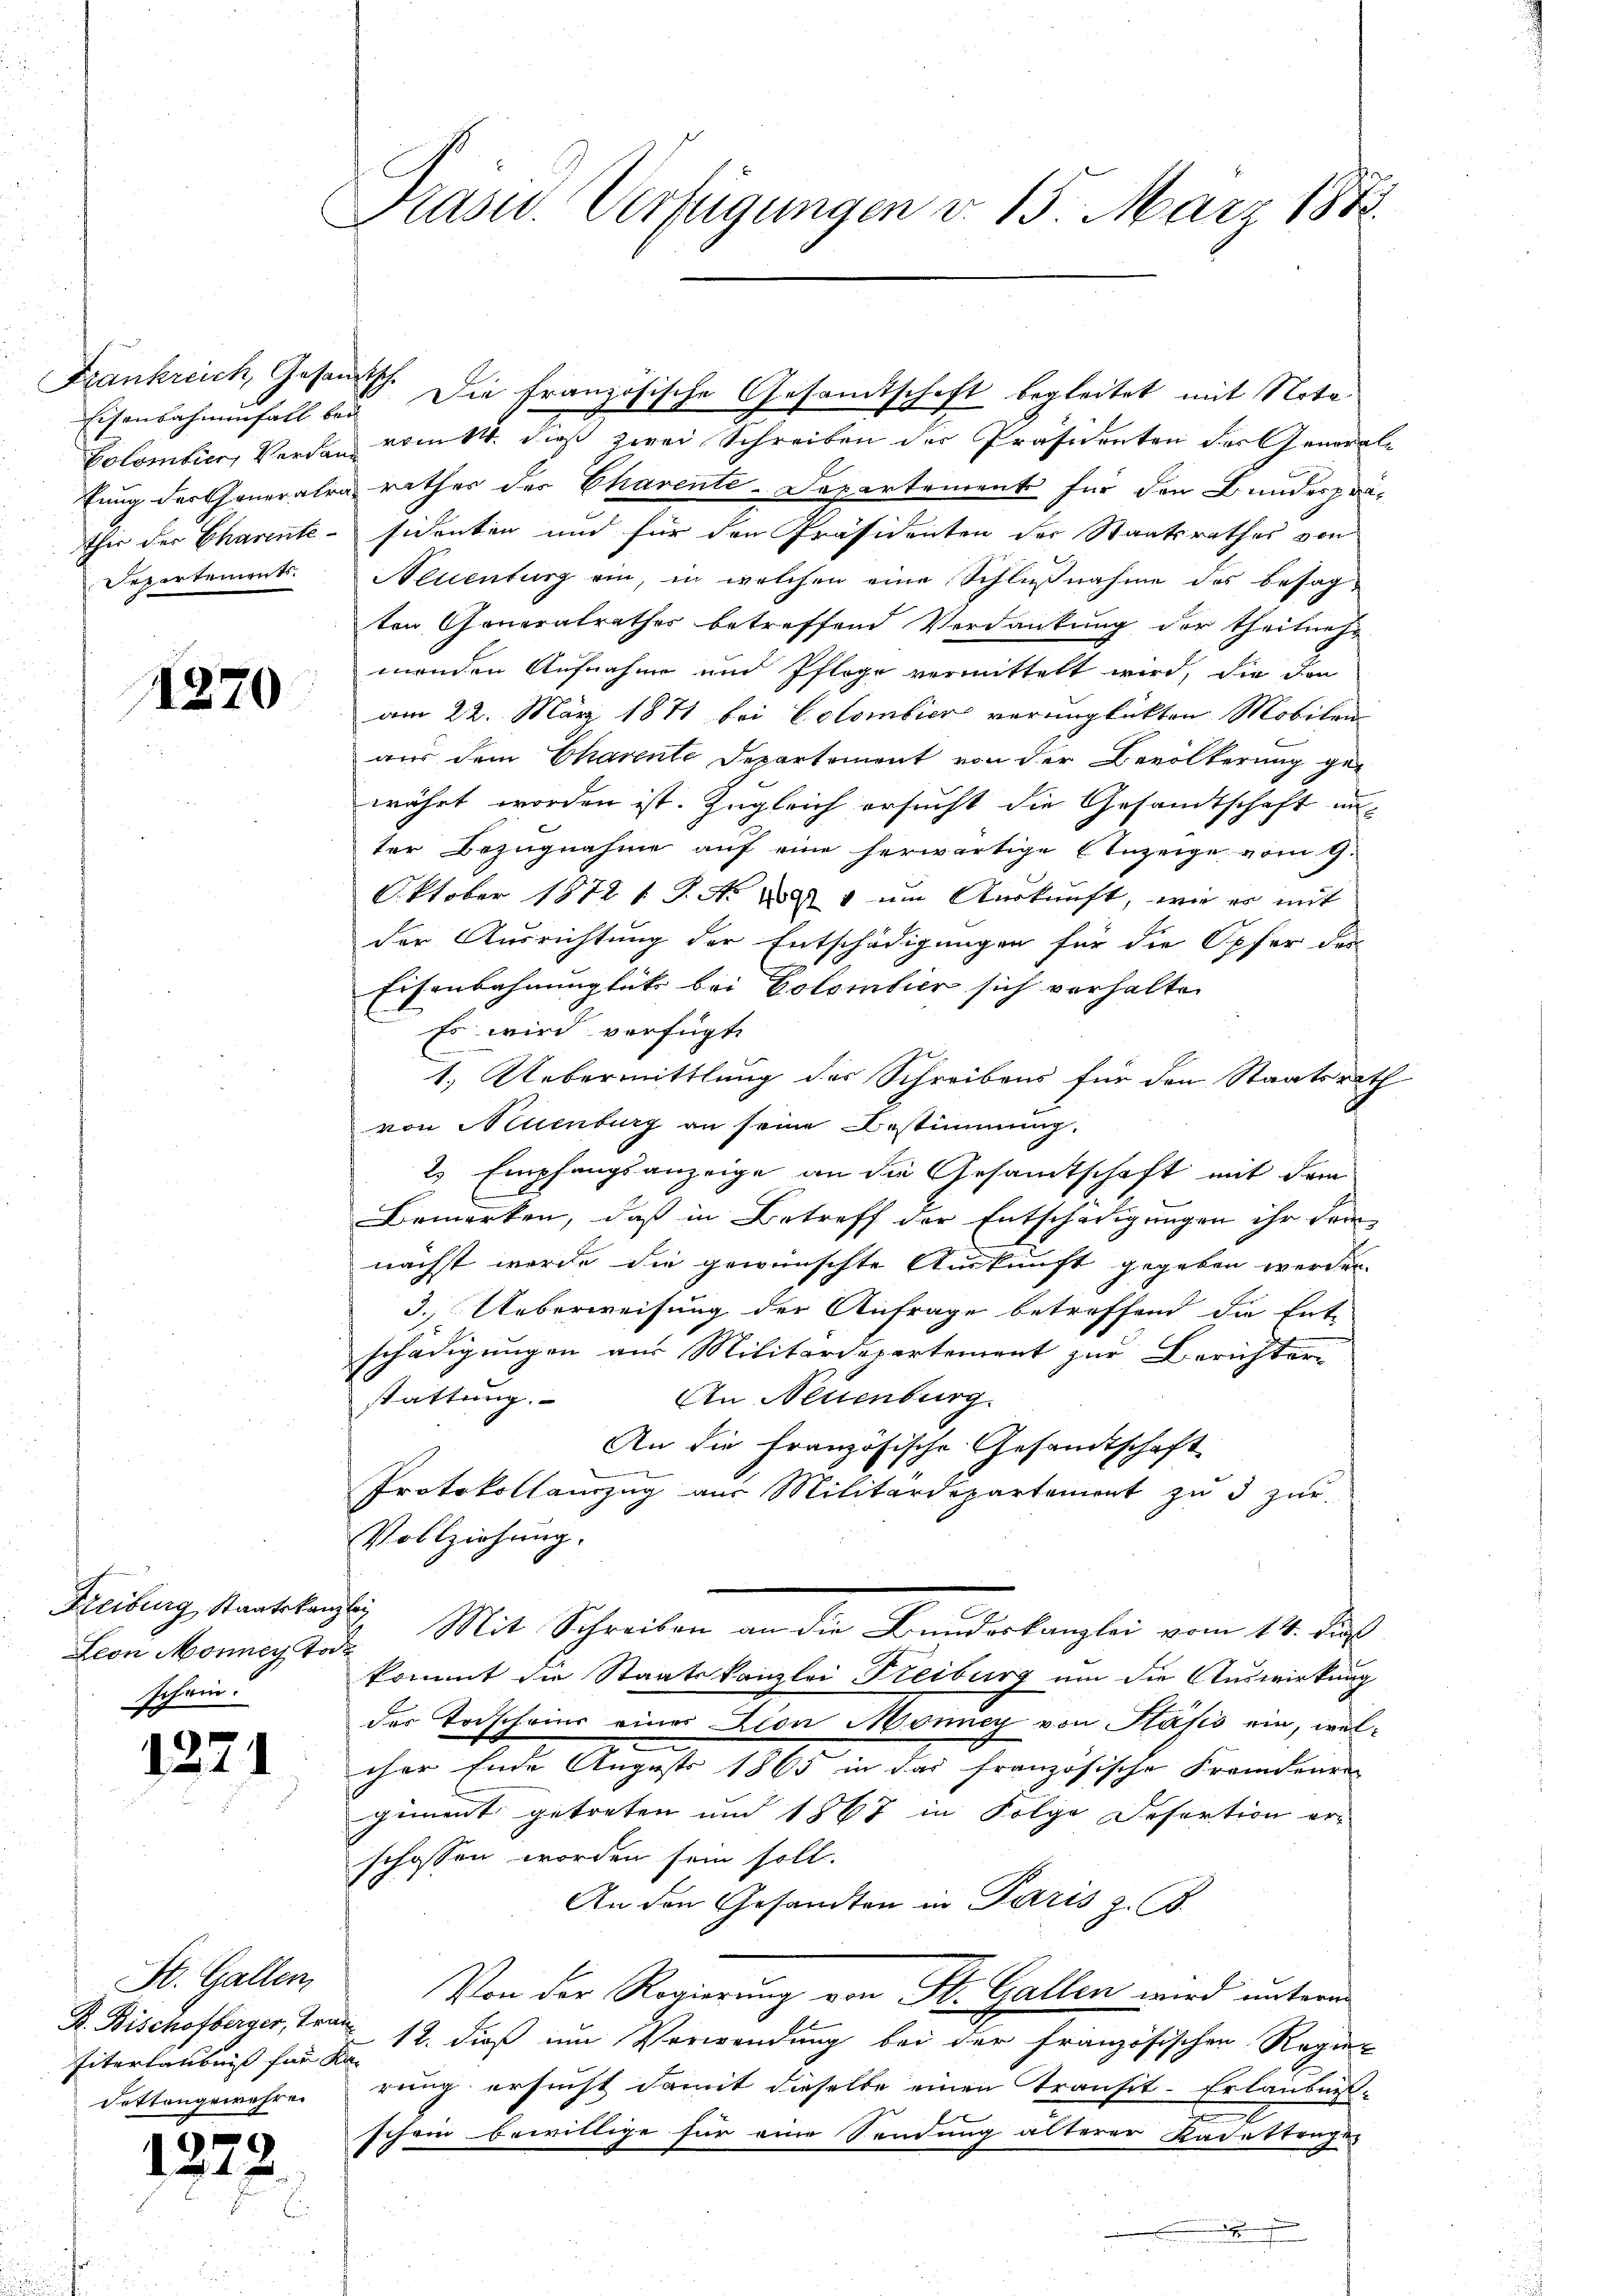
Frankreich, Gesandtsche

1270

Freiburg, Staatskanzley
Leon Monner Tod
schein.

e
1211

St. Gallen,
Eiterlaubniß für Kan
dettengewehren

12.

Prasur. Verfügungen d. 15. März 1873.

Eisenbahnenfall zu Die französische Gesandtschaft begleitet mit Nota
Colombier, Verdan vom 14. dieß zwei Schreiben der Präsidenten der Generaltung der Generatra rathes der Charente-Departement für den Bundespräther der Charente - sidenten und für den Präsidenten der Staatsrathes von
Departements. Neuenburg ein, in welchen eine Schlußnahme des besagten Gonoratrathes betreffend Verdankung der theilneh-
menden Aufnahme und Pflege vermittelt wird, die don
am 22. März 1871 bei Colombier verunglückten Mobilen
aus dem Charente Departement von der Bevölkerung gewährt worden ist. Zugleich ersucht die Gesandtschaft unter Bezugnahme auf eine herwärtige Anzeige vom 9.
Oktober 1872 t. P. Nr. 1891 um Auskunft, wie es mit
der Ausrichtung der Entschädigungen für die Opfer der
Eisenbahnunglück bei Colombier sich verhalten
Es wird verfügt:
1.) Uebermittlung des Schreibens für den Staatsrath
von Neuenburg an seine Bestimmung.
2 Empfangsanzeige an die Gesandtschaft mit dem
Bemerken, daß in Betreff der Entschädigungen ihr dem
nächst werde die gewünschte Auskunft gegeben werden.
3. Ueberweisung der Anfrage betreffend die Ent-
schädigungen aus Militärdepartement zur Berichter-
An Neuenburg
stattung.
An die französische Gesandtschaft
Protokollauszug aus Militärdepartement zu 3 zur
Vollziehung.
Mit Schreiben an der Standerlangten vom 14. dies
kommt die Staatskanzlei Freiburg um die Auswirkung
der Todscheins eines Lion Monney von Pasis ein, welcher Ende August 1865 in das französische Fremdenre
giment getreten und 1867 in Folge Refertion er-
schossen worden sein soll.
An den Gesandten in Paris z. B.
Von der Regierung von St. Gallen wird unterm
R. Bischofberger, 112. dieß um Verwendung bei der französischen Regie-
rung ersucht damit dieselbe einen Transit-Erlaubnis-
schein bewillige für eine Sendung älterer Kadettragen